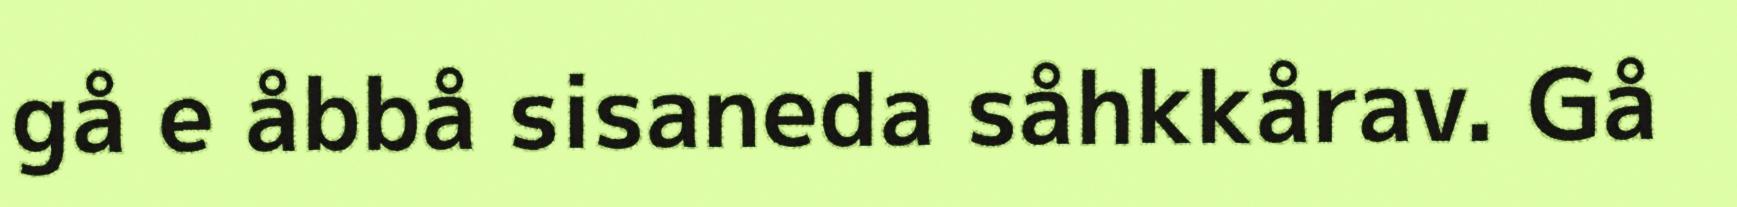
gå e åbbå sisaneda såhkkårav. Gå